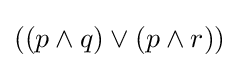
((p\land q)\lor (p\land r))